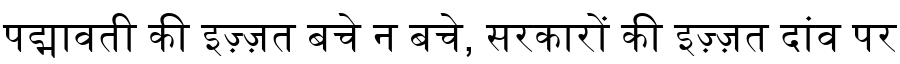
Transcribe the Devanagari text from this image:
पद्मावती की इज़्ज़त बचे न बचे, सरकारों की इज़्ज़त दांव पर